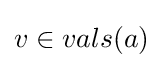
v\in vals(a)